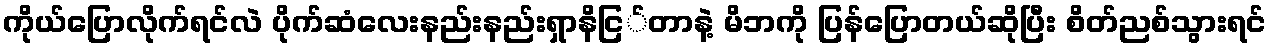
ကိုယ်ပြောလိုက်ရင်လဲ ပိုက်ဆံလေးနည်းနည်းရှာနိငြ်တာနဲ့ မိဘကို ပြန်ပြောတယ်ဆိုပြီး စိတ်ညစ်သွားရင်